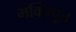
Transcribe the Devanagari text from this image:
भक्तिपूत